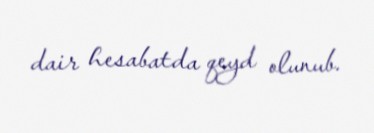
dair hesabatda qeyd olunub.